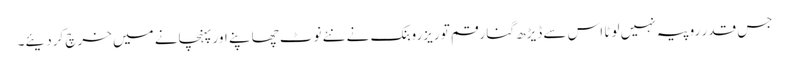
جس قدر روپیہ نہیں لوٹا اس سے ڈیڑھ گنا رقم تو ریزروبنک نے نئے نوٹ چھاپنے اور پہنچانے میں خرچ کردیئے۔